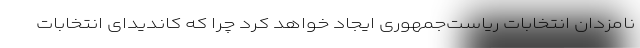
نامزدان انتخابات ریاست‌جمهوری ایجاد خواهد کرد چرا که کاندیدای انتخابات